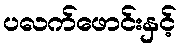
ပလက်ဖောင်းနှင့်